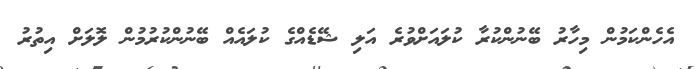
އެހެންކަމުން މިހާރު ބޭނުންކުރާ ކުލައަށްވުރެ އަލި ޝޭޑެއްގެ ކުލައެއް ބޭނުންކުރުމުން ލޮލަށް އިތުރު